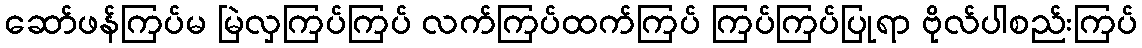
ဆော်ဖန်ကြပ်မ မြဲလှကြပ်ကြပ် လက်ကြပ်ထက်ကြပ် ကြပ်ကြပ်ပြုရာ ဗိုလ်ပါစည်းကြပ်